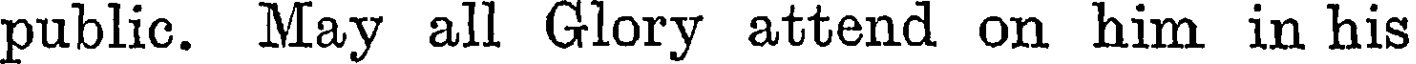
public. May all Glory attend on him in his